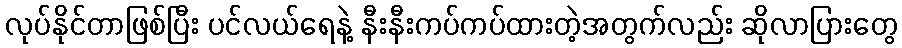
လုပ်နိုင်တာဖြစ်ပြီး ပင်လယ်ရေနဲ့ နီးနီးကပ်ကပ်ထားတဲ့အတွက်လည်း ဆိုလာပြားတွေ